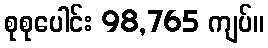
စုစုပေါင်း 98,765 ကျပ်။